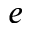
e